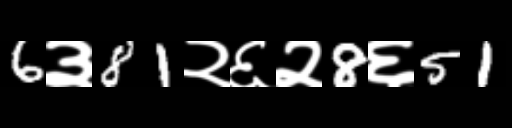
Text: 6३81२६२8६51